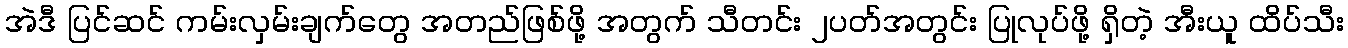
အဲဒီ ပြင်ဆင် ကမ်းလှမ်းချက်တွေ အတည်ဖြစ်ဖို့ အတွက် သီတင်း ၂ပတ်အတွင်း ပြုလုပ်ဖို့ ရှိတဲ့ အီးယူ ထိပ်သီး